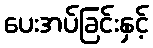
ပေးအပ်ခြင်းနှင့်